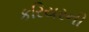
કરિયરની